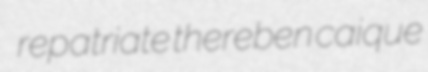
repatriate thereben caique